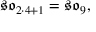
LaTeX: { \mathfrak { s o } } _ { 2 \cdot 4 + 1 } = { \mathfrak { s o } } _ { 9 } ,